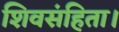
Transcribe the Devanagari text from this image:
शिवसंहिता।